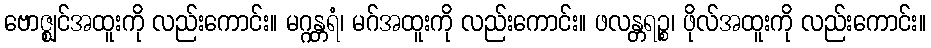
ဗောဇ္ဈင်အထူးကို လည်းကောင်း။ မဂ္ဂန္တရံ၊ မဂ်အထူးကို လည်းကောင်း။ ဖလန္တရဉ္စ၊ ဖိုလ်အထူးကို လည်းကောင်း။